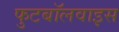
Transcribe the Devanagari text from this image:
फुटबॉलवाइस